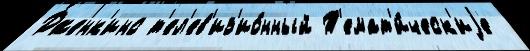
Дженк'инс т'ел'ев'из'ио́нный Т'емат'и́ческ'иjе